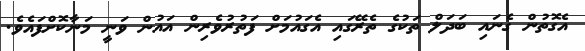
އެގޮތުން ގެނައި ބަދަލް ތަކުގެ ތެރޭގައި އެގައުމަށް ފަތުރުވެރިން އައުން ވަނީ މަނާކޮށްފައެވެ.